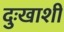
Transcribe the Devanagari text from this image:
दुःखाशी